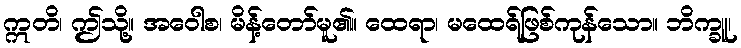
ဣတိ၊ ဤသို့။ အဝေါစ၊ မိန့်တော်မူ၏။ ထေရာ၊ မထေရ်ဖြစ်ကုန်သော။ ဘိက္ခူ၊